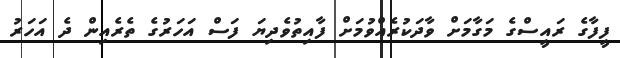
ފީފާގެ ރައީސްގެ މަގާމަށް ވާދަކުރެއްވުމަށް ފާއިތުވެދިޔަ ފަސް އަހަރުގެ ތެރެއިން ދެ އަހަރު